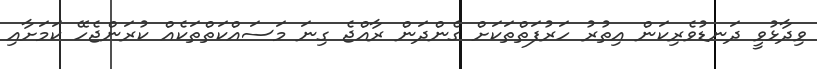
ވިދާޅުވީ ދަނޑުވެރިކަން އިތުރު ހަރުފަތްތަކަށް ގެންދަން ރާއްޖެ ގިނަ މަސައްކަތްތަކެއް ކުރަންޖެހޭ ކަމަށާއި